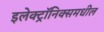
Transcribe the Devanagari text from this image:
इलेक्ट्रॉनिक्समधील